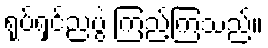
ရုပ်ရှင်ညပွဲ ကြည့်ကြသည်။